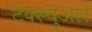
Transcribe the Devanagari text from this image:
टेक्स्चुअल